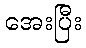
အေးပြီး